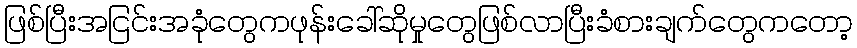
ဖြစ်ပြီးအငြင်းအခုံတွေကဖုန်းခေါ်ဆိုမှုတွေဖြစ်လာပြီးခံစားချက်တွေကတော့